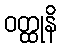
ဝတ္ထုနိ